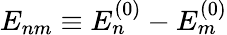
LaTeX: E_{nm}\equiv E_{n}^{(0)}-E_{m}^{(0)}